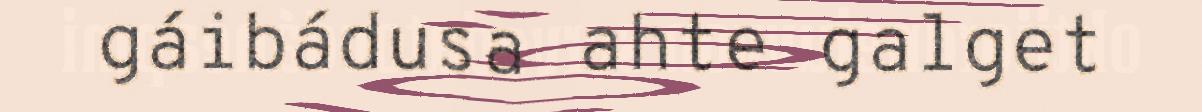
gáibádusa ahte galget